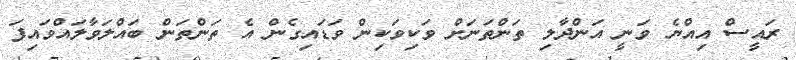
ރައީސް އިއްޔެ ވަނީ އަންދާލި ތަންތަނަށް ވަކިވަކިން ވަޑައިގެން އެ ތަންތަން ބައްލަވާލައްވައިފަ